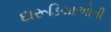
દારૂડિયાઓની